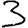
Digit: 3